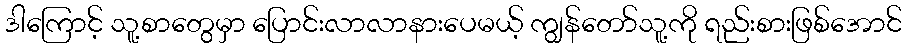
ဒါကြောင့် သူ့စာတွေမှာ ပြောင်းလာလာနားပေမယ့် ကျွန်တော်သူ့ကို ရည်းစားဖြစ်အောင်